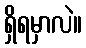
ရှိရမှာလဲ။